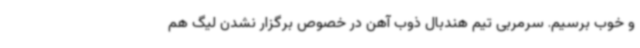
و خوب برسیم. سرمربی تیم هندبال ذوب آهن در خصوص برگزار نشدن لیگ هم